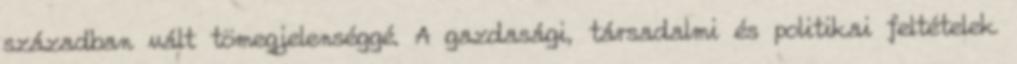
században vált tömegjelenséggé. A gazdasági, társadalmi és politikai feltételek